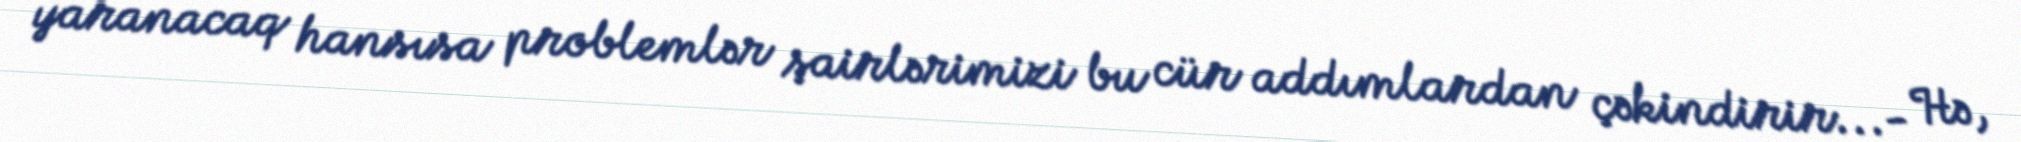
yaranacaq hansısa problemlər şairlərimizi bu cür addımlardan çəkindirir...- Hə,